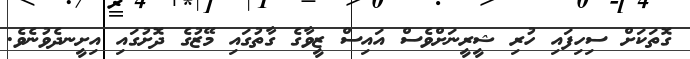
ގޮތަކަށް ސިހިފައި ހުރި ޝީރީނަށްވެސް އައިސް ޒީވާގެ ގާތުގައި މޭޒުގެ ދޮށުގައި އިށީނދެވުނެވެ.